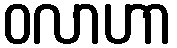
ဝလာဟာ